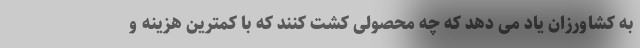
به کشاورزان یاد می دهد که چه محصولی کشت کنند که با کمترین هزینه و